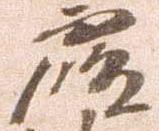
覆